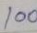
100